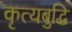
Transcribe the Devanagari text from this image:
कृत्यबुद्धि